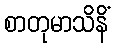
စာတုမာသိနိံ